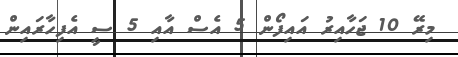
މިރޭ 10 ޖަހާއިރު އައިފޯން 5 އެސް އާއި 5 ސީ އެފިހާރައިން